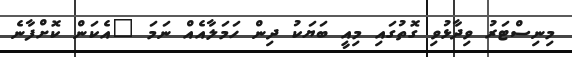
މިނިސްޓަރު ވިދާޅުވި ގޮތުގައި މިއީ ބަޔަކު ދިން ހަމަލާއެއް ނަމަ "އެކަން ކޮށްފާނެ